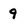
Character: 9